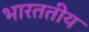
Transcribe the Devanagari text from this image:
भारततीय